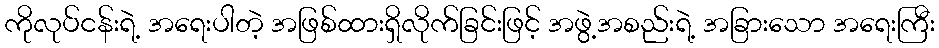
ကိုလုပ်ငန်းရဲ့ အရေးပါတဲ့ အဖြစ်ထားရှိလိုက်ခြင်းဖြင့် အဖွဲ့အစည်းရဲ့ အခြားသော အရေးကြီး